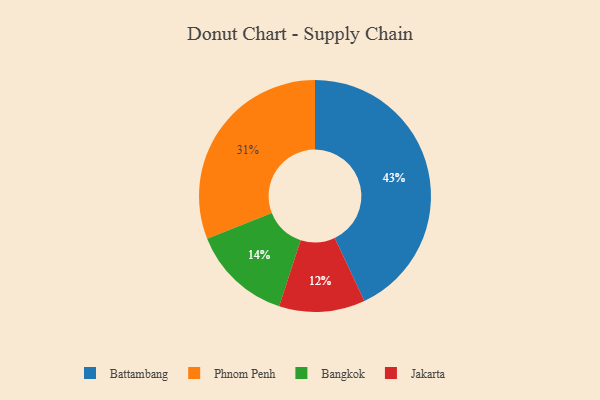
{"axis": {"x": "Category", "y": "Percentage"}, "legend": ["Bangkok", "Battambang", "Jakarta", "Phnom Penh"], "data": [{"x": "Jakarta", "y": 12, "type": "Jakarta"}, {"x": "Battambang", "y": 43, "type": "Battambang"}, {"x": "Bangkok", "y": 14, "type": "Bangkok"}, {"x": "Phnom Penh", "y": 31, "type": "Phnom Penh"}]}